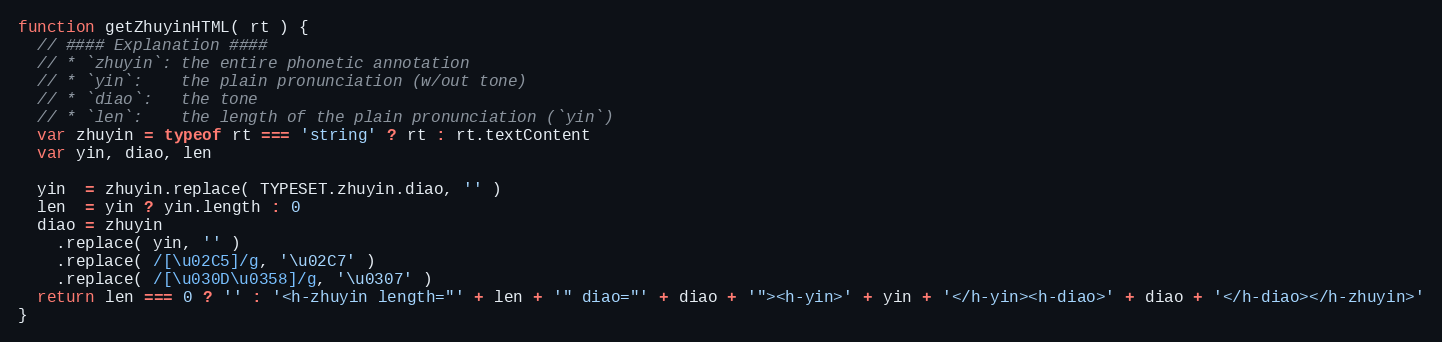
Language: JavaScript
function getZhuyinHTML( rt ) {
  // #### Explanation ####
  // * `zhuyin`: the entire phonetic annotation
  // * `yin`:    the plain pronunciation (w/out tone)
  // * `diao`:   the tone
  // * `len`:    the length of the plain pronunciation (`yin`)
  var zhuyin = typeof rt === 'string' ? rt : rt.textContent
  var yin, diao, len

  yin  = zhuyin.replace( TYPESET.zhuyin.diao, '' )
  len  = yin ? yin.length : 0
  diao = zhuyin
    .replace( yin, '' )
    .replace( /[\u02C5]/g, '\u02C7' )
    .replace( /[\u030D\u0358]/g, '\u0307' )
  return len === 0 ? '' : '<h-zhuyin length="' + len + '" diao="' + diao + '"><h-yin>' + yin + '</h-yin><h-diao>' + diao + '</h-diao></h-zhuyin>'
}